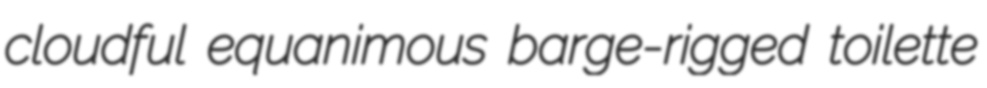
cloudful equanimous barge-rigged toilette